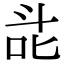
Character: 㖍